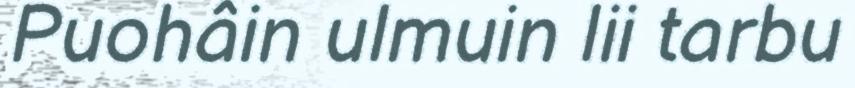
Puohâin ulmuin lii tarbu